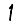
Digit: 1